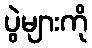
ပွဲများကို